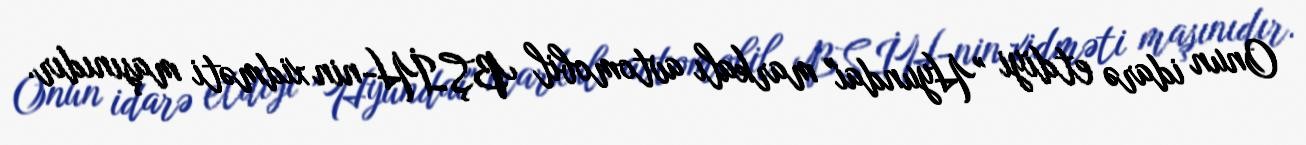
Onun idarə etdiyi "Hyundai" markalı avtomobil BŞİH-nin xidməti maşınıdır.